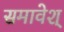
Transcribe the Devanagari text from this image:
समावेश्